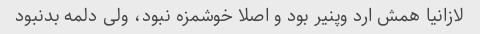
لازانیا همش ارد و‌پنیر بود و اصلا خوشمزه نبود، ولی دلمه بدنبود